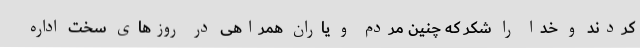
کردند و خدا را شکر که چنین مردم و یاران همراهی در روزهای سخت اداره